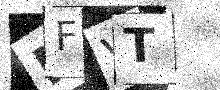
Text: MFVT